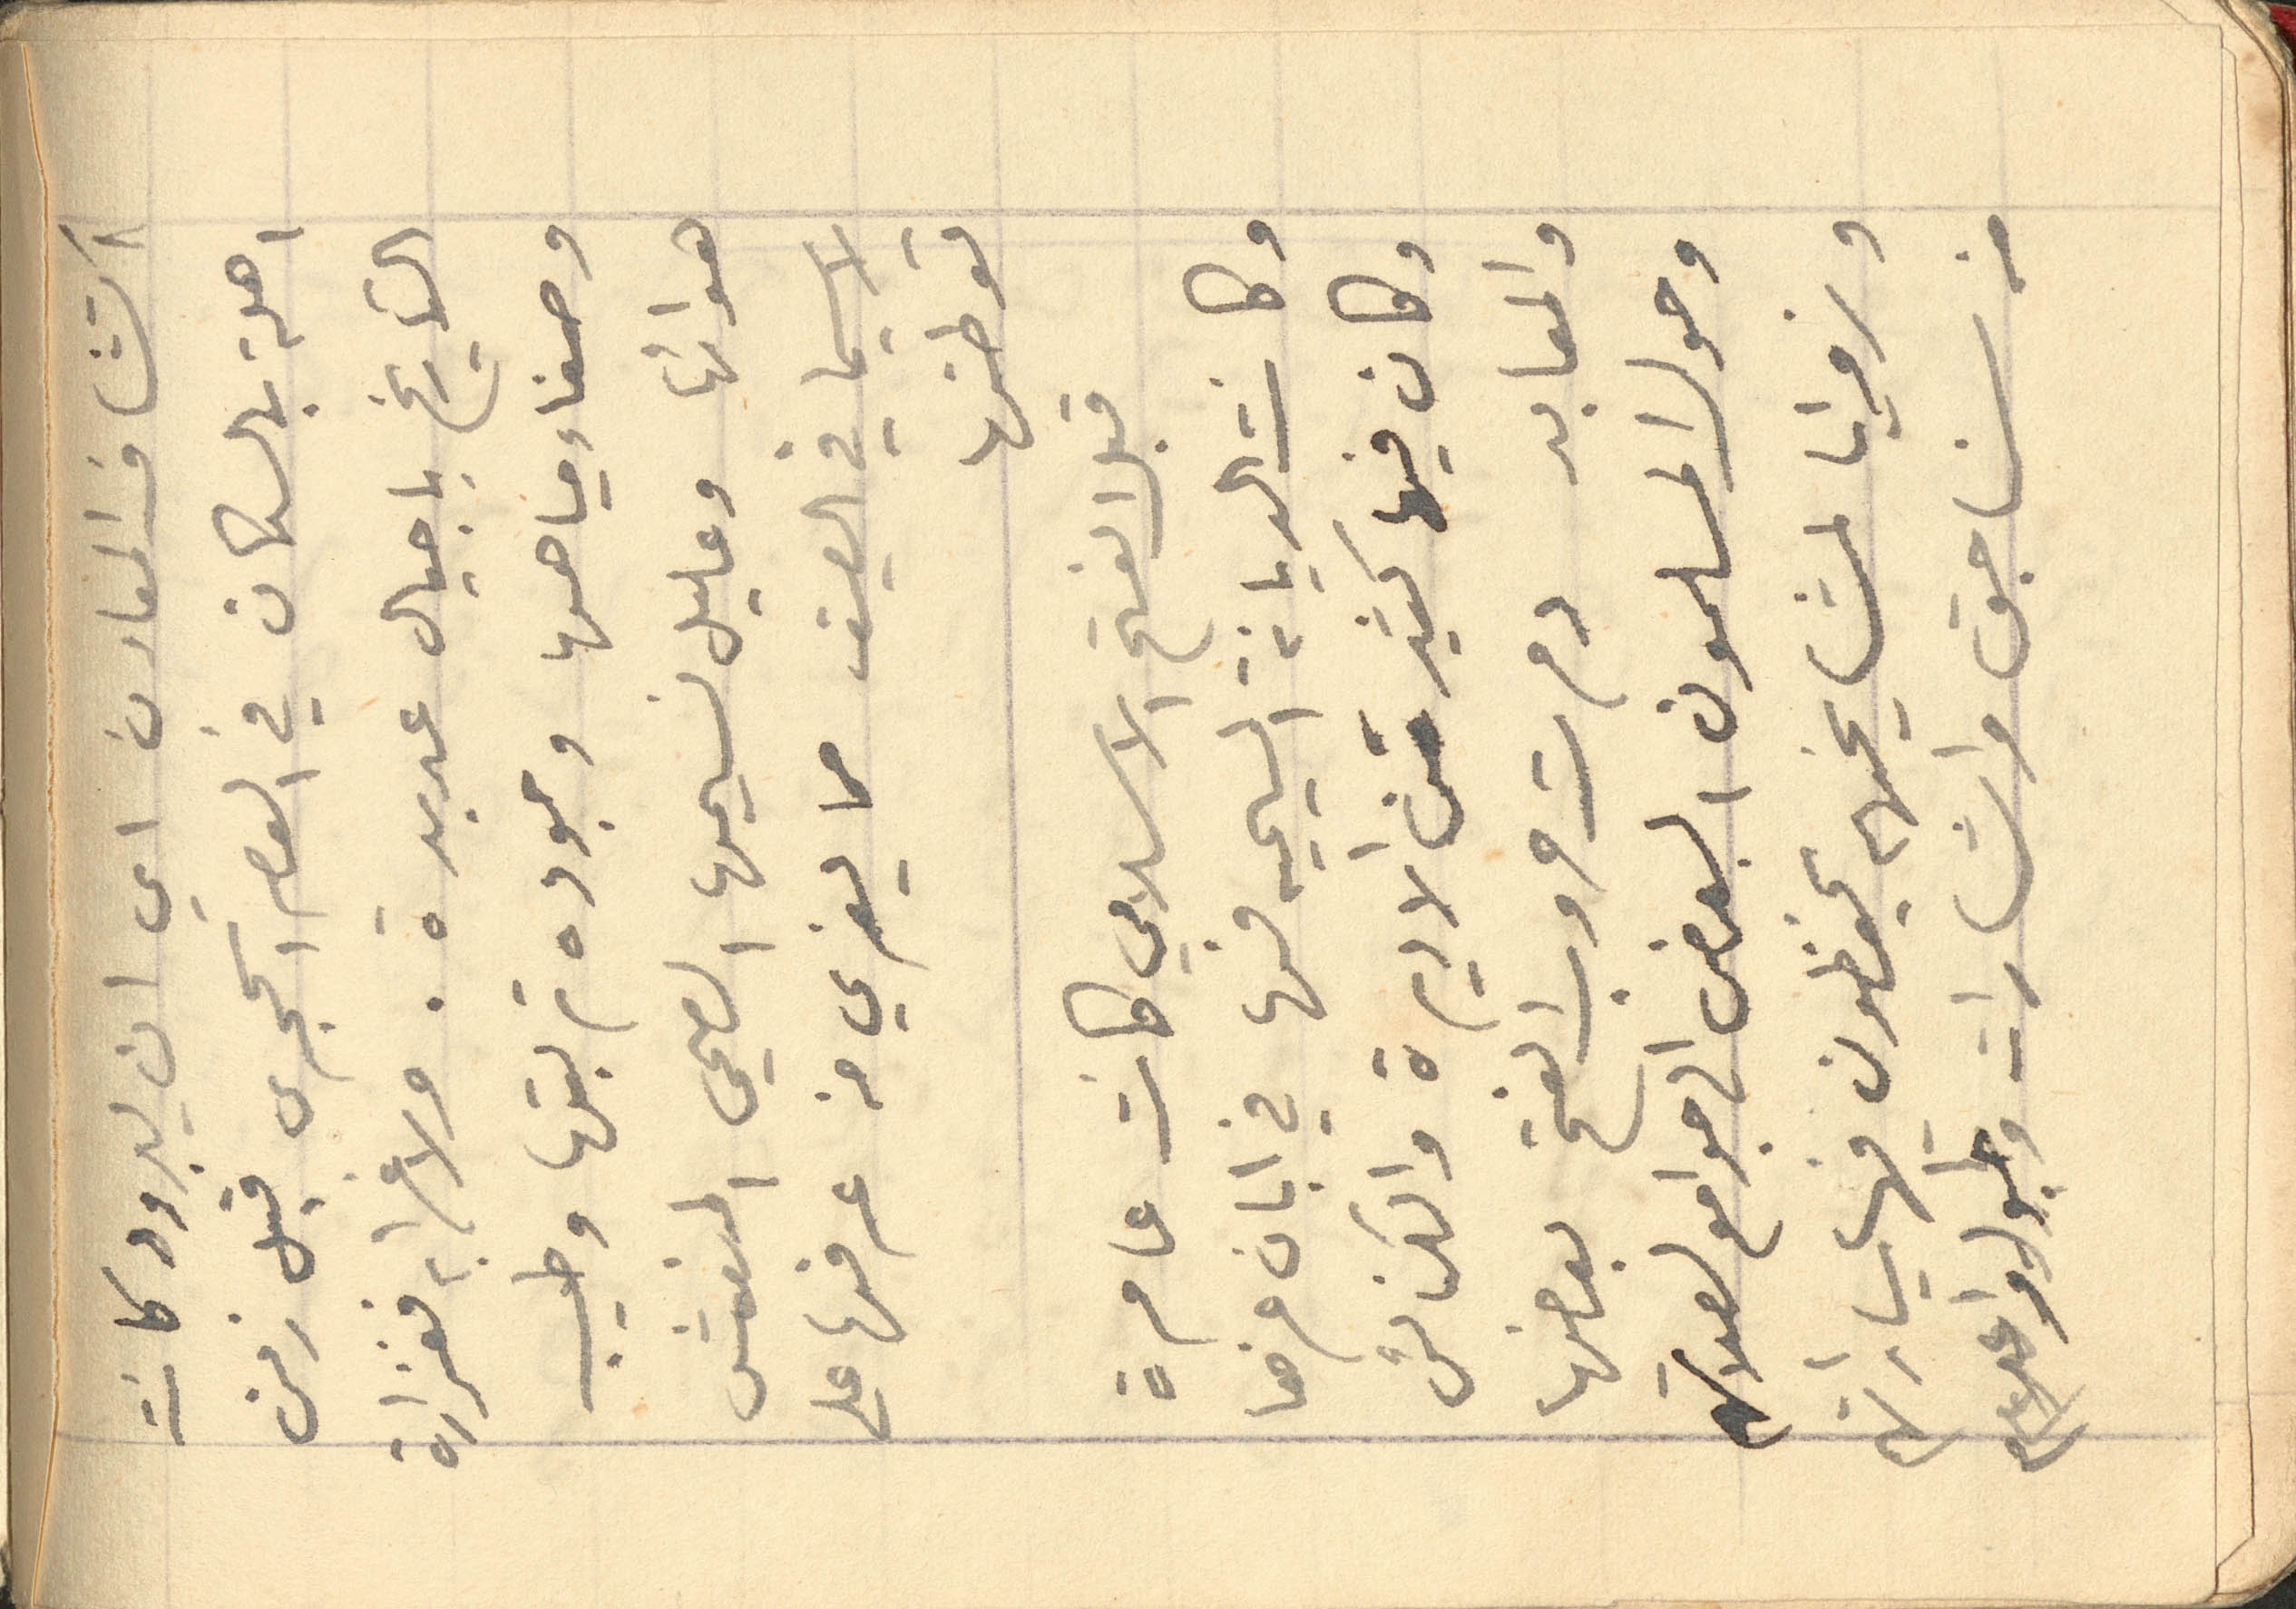
اكتشاف المعادن اي ان يبرود كانت
اهلة بالسكان في العصر الحجرى قبل زمن
التاريخ باجيال عديدة. ولا غرابه فغزارة
وصفاء مياهها وجوده تربتها وطيب
هوائها وعليل نسيمها الصحي المنعش
لاسيما في الصيف مما يغري من عرفها على
توطنها
قبل الفتح الاسلامي كانت عامرة
وكانت الديانة المسيحيه فها في ابان عزها
وكان فيها كثير من الاديرة والكنائس
والمعابد دمرت حروب الفتح بعضها
وحول المسلمون البعض الى جوامع لصلاتهم
وزوايا لمشايخهم يحفظون فيها سياراتهم
من سناجق واشارات وطبول واعلام